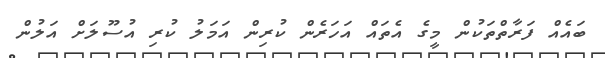
ބައެއް ފަރާތްތަކުން މީގެ އެތައް އަހަރެން ކުރިން އަމަލު ކުރި އުސޫލަށް އަލުން